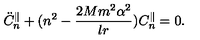
\ddot { C } _ { n } ^ { \parallel } + ( n ^ { 2 } - \frac { 2 M m ^ { 2 } \alpha ^ { 2 } } { l r } ) C _ { n } ^ { \parallel } = 0 .